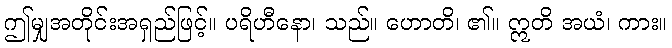
ဤမျှအတိုင်းအရှည်ဖြင့်။ ပရိဟီနော၊ သည်။ ဟောတိ၊ ၏။ ဣတိ အယံ၊ ကား။